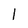
Character: 1